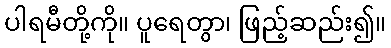
ပါရမီတို့ကို။ ပူရေတွာ၊ ဖြည့်ဆည်း၍။